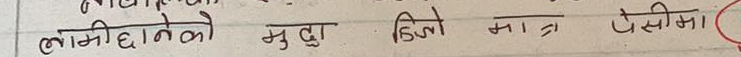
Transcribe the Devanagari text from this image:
लाभी हुनेको मुद्दा ढिलो मान्ने प्रेसीमा